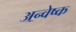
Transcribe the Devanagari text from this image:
अन्वेष्क